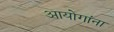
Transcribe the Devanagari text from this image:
आयोगांना